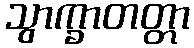
သွာက္ခာတတ္တာ